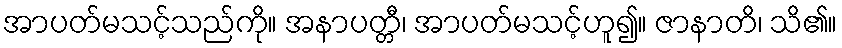
အာပတ်မသင့်သည်ကို။ အနာပတ္တီ၊ အာပတ်မသင့်ဟူ၍။ ဇာနာတိ၊ သိ၏။